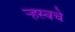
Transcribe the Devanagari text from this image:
ऱ्हस्वचे